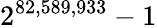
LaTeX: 2^{82,589,933}-1